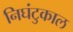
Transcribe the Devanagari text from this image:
निघंटुकाल